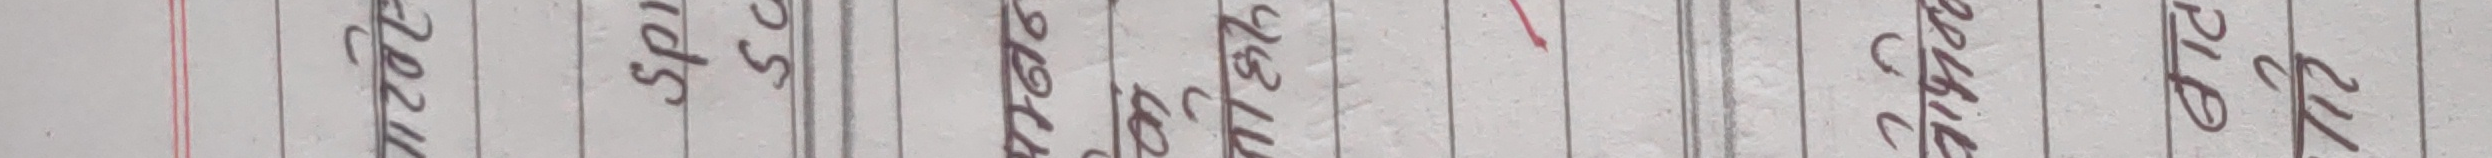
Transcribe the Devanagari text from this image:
अभिनव स्पर्श २८ माघ २०७२ रुचि पि. के.